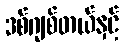
ဒစ်ဂျစ်တယ်နှင့်